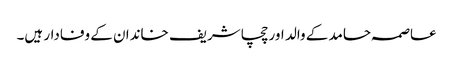
عاصمہ حامد کے والد اور چچا شریف خاندان کے وفادار ہیں۔